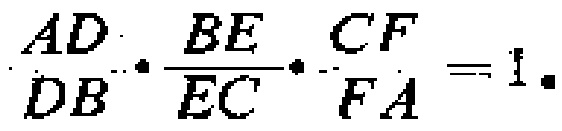
\(\frac{AD}{DB}\cdot\frac{BE}{EC}\cdot\frac{CF}{FA}=1\)